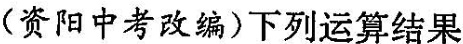
(资阳中考改编)下列运算结果